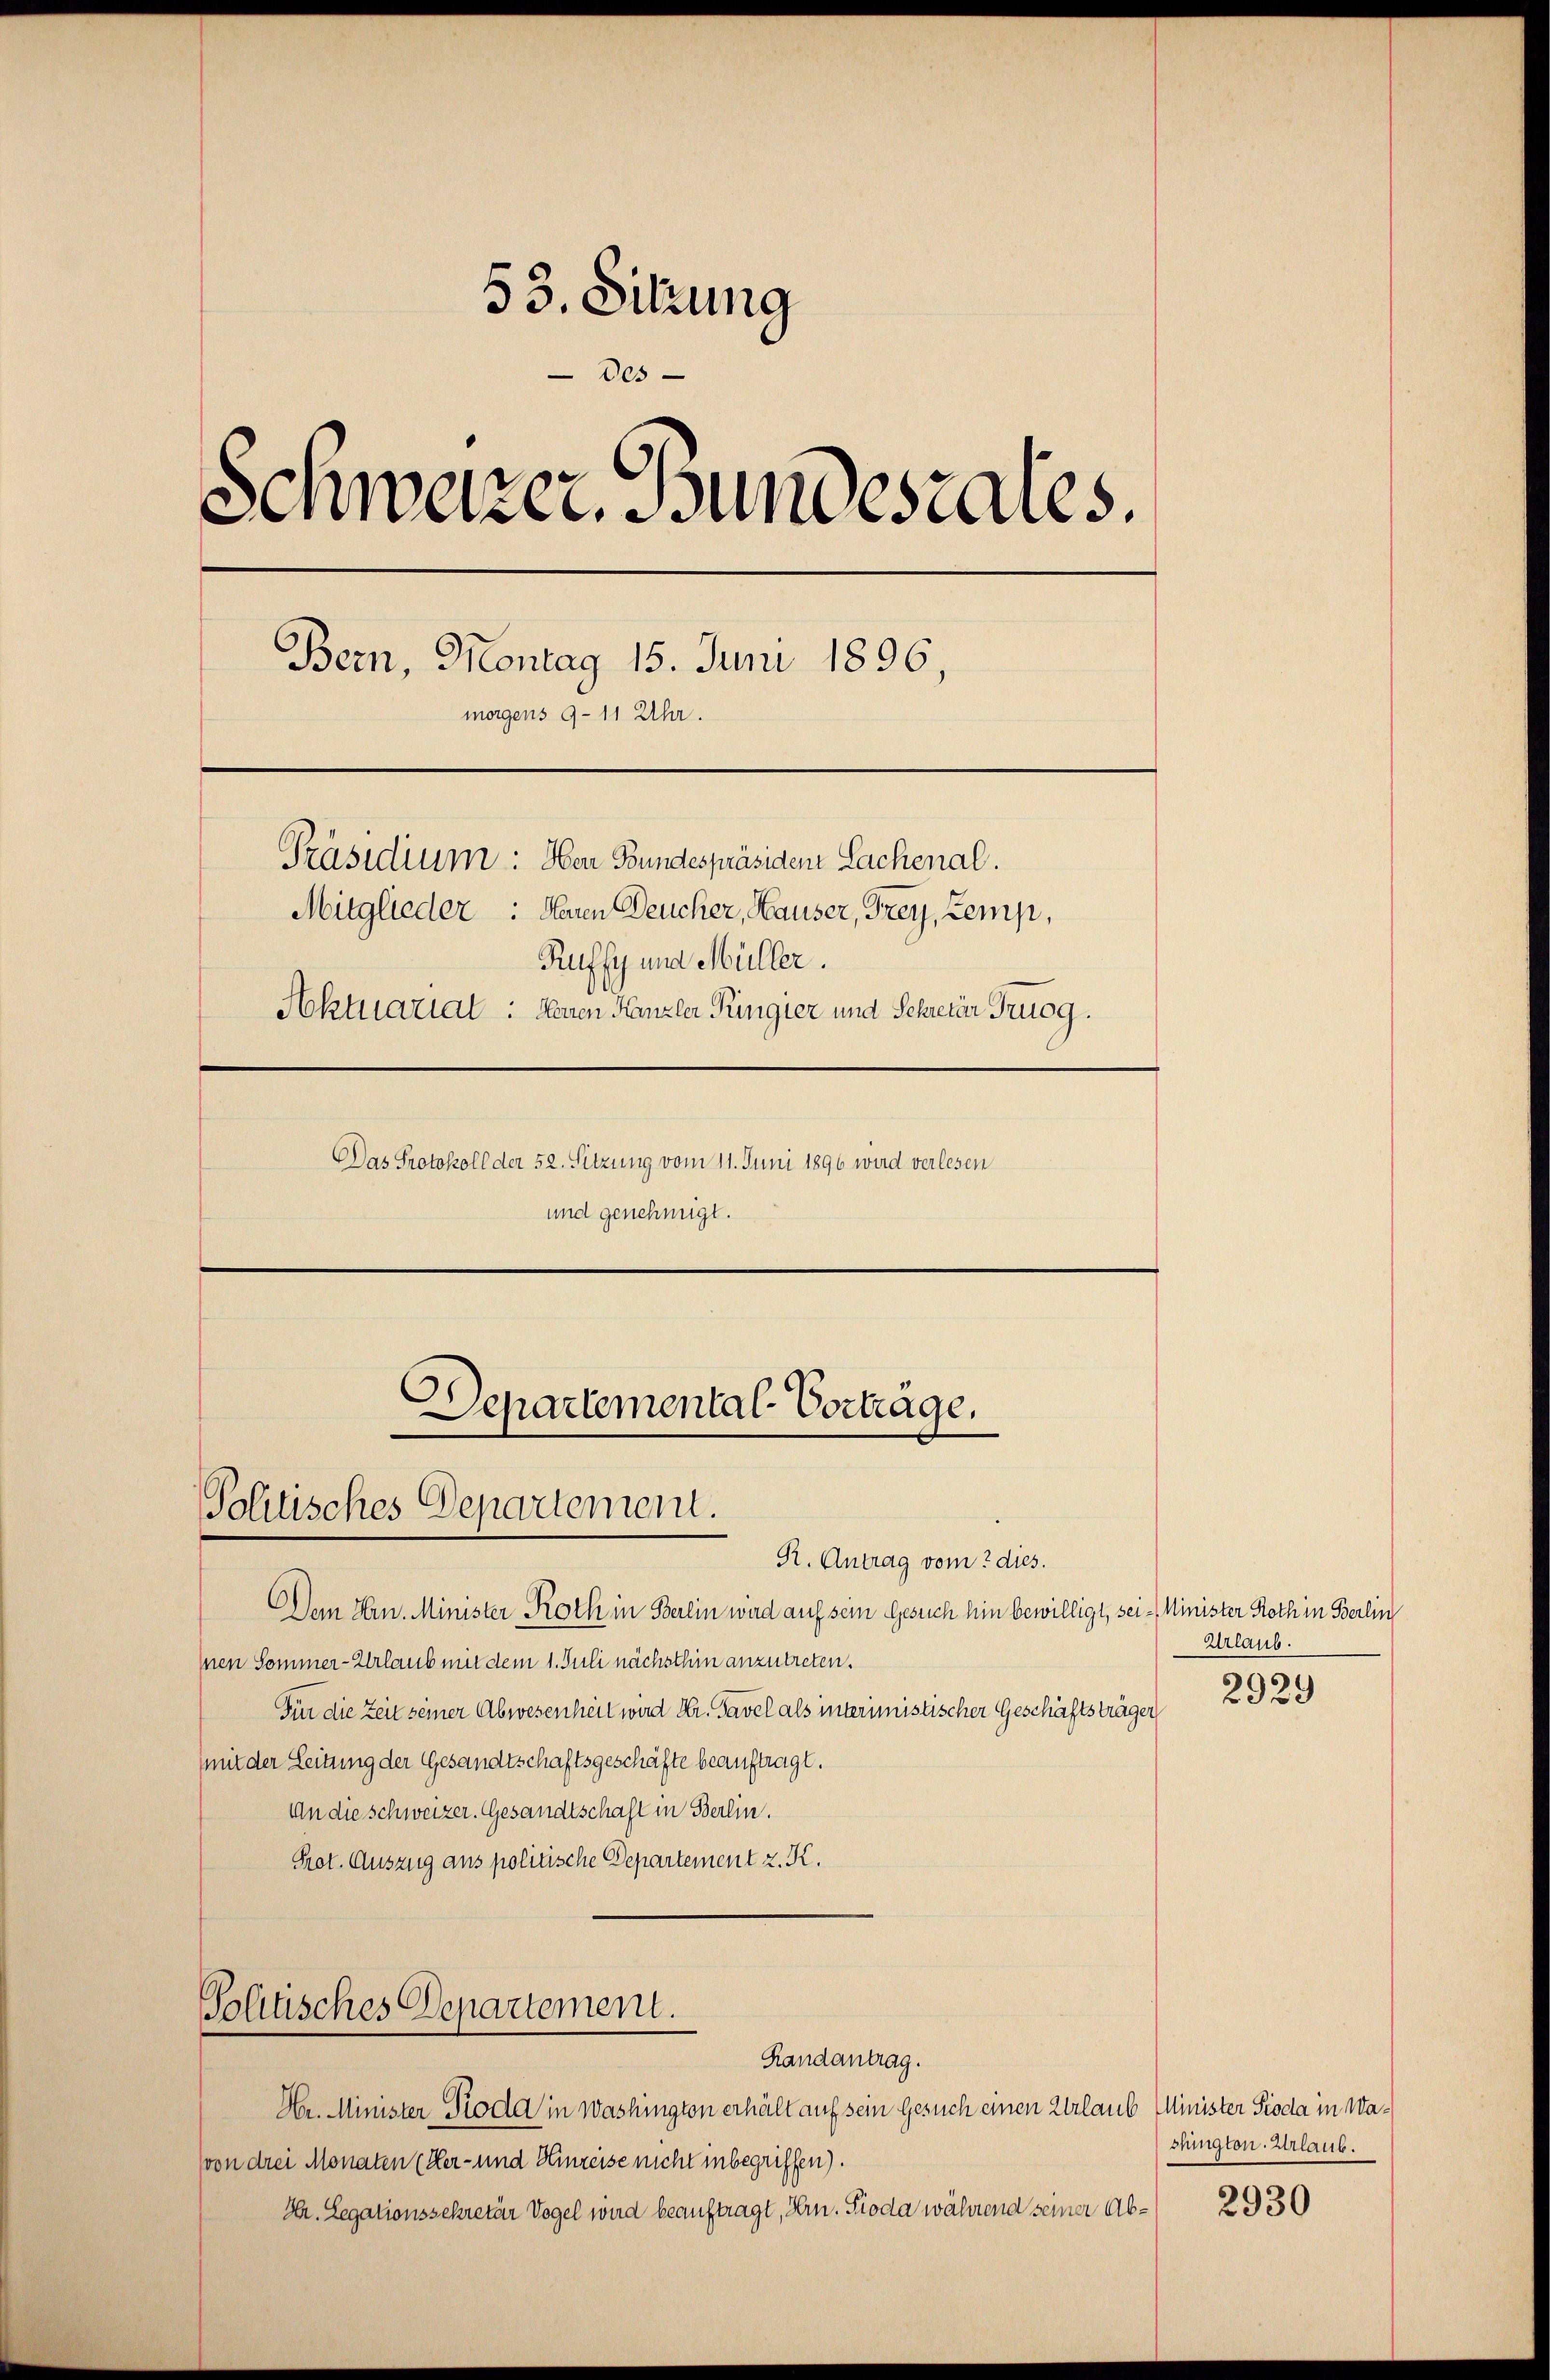
53. Sitzung
Des
Schwazer Bundesrates.
Bern, Montag 15. Juni 1896
morgens 9-11 Uhr.
Präsidium: Herr Bundespräsiden Lachenal.
Mitglieder: deren Deucher, Hauser, Frey, Zemp,
Ruffy und Müller.
Aktuariat: Heren Kanzler Ringier und Schreier Trusg.
Das Protokoll der 52. Sitzung vom 11. Juni 1896 wird verlesen
und genehmigt.

Politisches Departement.

R. Antrag vom 2 dies.
Dem Hrn. Minister Roth in Berlin wird auf sein Gesuch hin bewilligt, sei - Minister Roth in Berlin
Ien Sommer-Urlaub mit dem 1. Juli nächsthin anzutreten.
Für die Zeit seiner Abwesenheit wird Hr. Tavel als interimistischer Geschäftsträger
mit der Leitung der Gesandtschaftsgeschäfte beauftragt.
An die Schweizer. Gesandtschaft in Berlin.
Prot. Auszug aus politische Departement z. K.

Departemental-Vorträge.

Politisches Departement.
Randantrag.

Hr. Minister Pioda in Washington erhält auf sein Gesuch einen Urlaub Minister Pioda in Wa¬
(von drei Monaten (Her- und Hinreise nicht inbegriffen).
Hr. Legationsschretär Vogel wird beauftragt, Hrn. Pioda während seiner Ab¬

Urlaub.

2929

shington. Urlaub.

2930